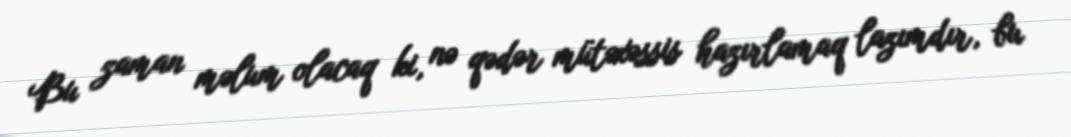
Bu zaman məlum olacaq ki, nə qədər mütəxəssis hazırlamaq lazımdır, bu